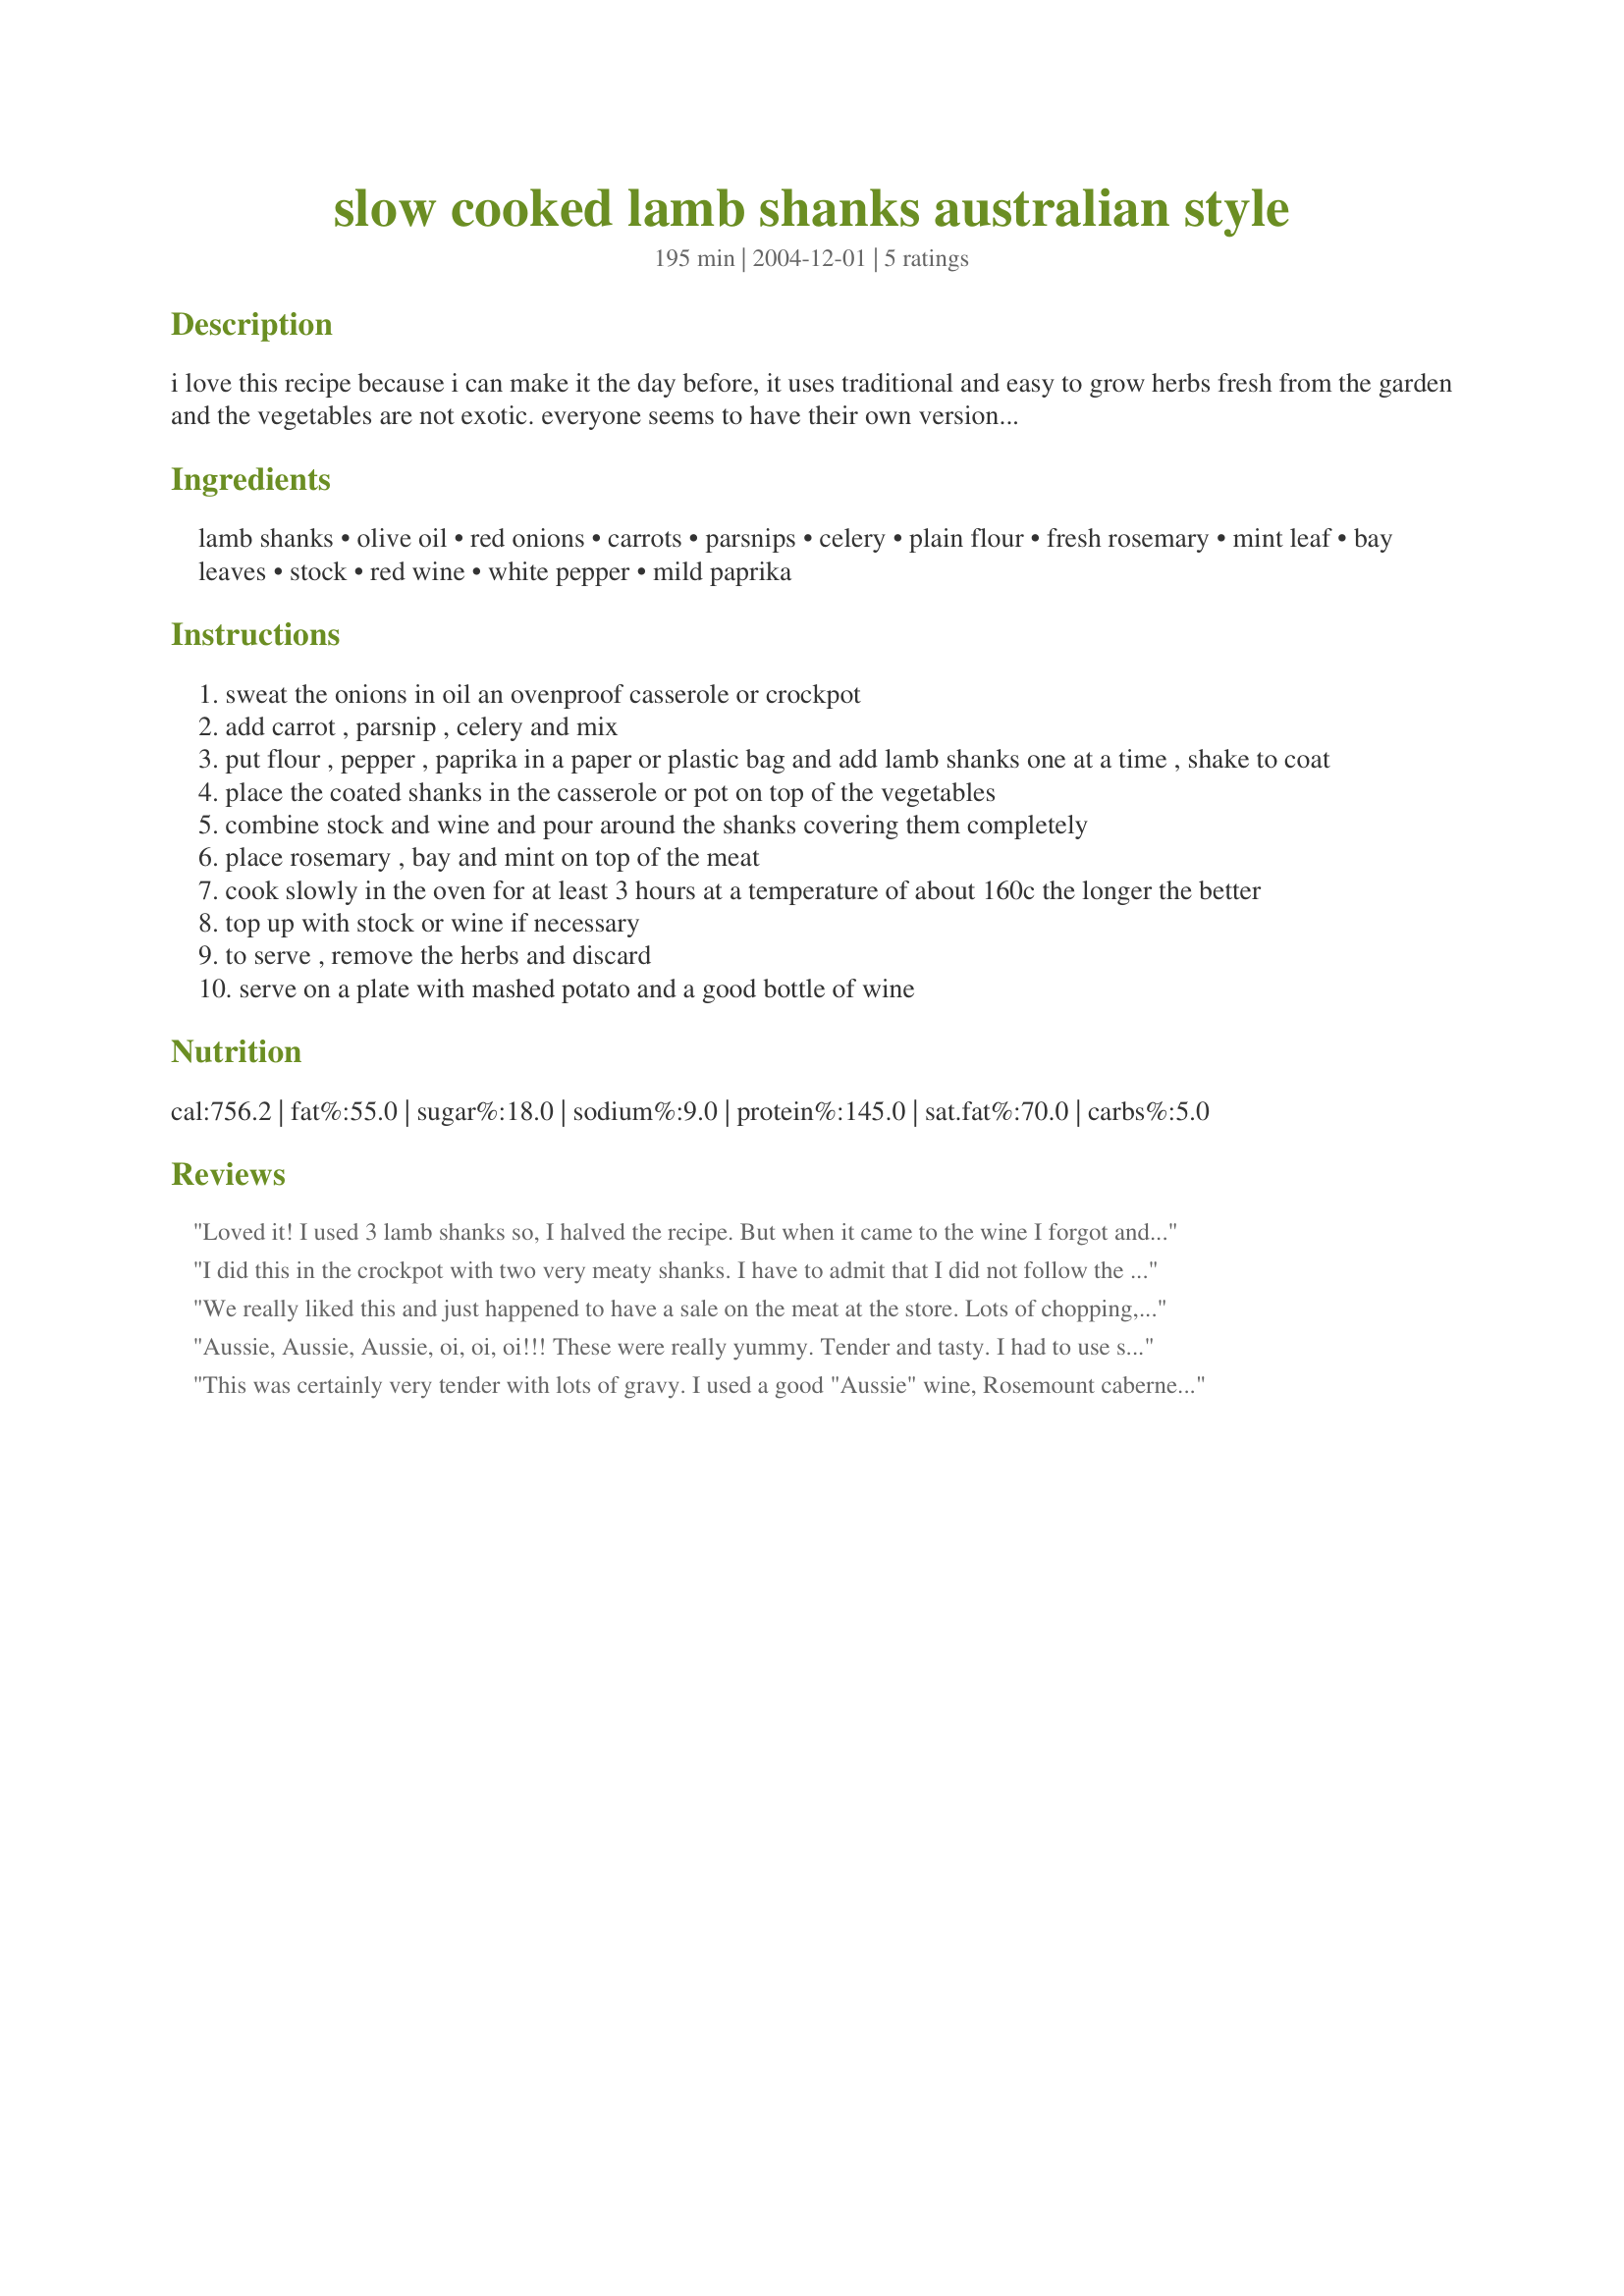
slow cooked lamb shanks australian style
Preparation time: 195 minutes

i love this recipe because i can make it the day before, it uses traditional and easy to grow herbs fresh from the garden and the vegetables are not exotic. everyone seems to have their own version of this dish, but i think mine is special. i make for sunday when we have neighbours round for a bottle ( or two) of wine and a casual lunch, so i can cook it slowly the day before and reheat it on the day. because of slow cooking the vegetables melt and create a wonderful sauce. the meat falls off the bones. keep it topped up with liquid while slow cooking. a real favourite on a winters day.

Ingredients:
lamb shanks, olive oil, red onions, carrots, parsnips, celery, plain flour, fresh rosemary, mint leaf, bay leaves, stock, red wine, white pepper, mild paprika

Steps:
sweat the onions in oil an ovenproof casserole or crockpot
add carrot , parsnip , celery and mix
put flour , pepper , paprika in a paper or plastic bag and add lamb shanks one at a time , shake to coat
place the coated shanks in the casserole or pot on top of the vegetables
combine stock and wine and pour around the shanks covering them completely
place rosemary , bay and mint on top of the meat
cook slowly in the oven for at least 3 hours at a temperature of about 160c the longer the better
top up with stock or wine if necessary
to serve , remove the herbs and discard
serve on a plate with mashed potato and a good bottle of wine

Reviews:
Loved it! I used 3 lamb shanks so, I halved the recipe. But when it came to the wine I forgot and added the full amount..oops! But it turned out great! I didn't have mint so I put mint jelly over the shanks. Also left out paprika and bay leaves, because I couldn't find them either..(I just moved, still unpacking). However, everyone loved it. I will make this many times over.
I did this in the crockpot with two very meaty shanks. I have to admit that I did not follow the recipe exactly, because I had just written down the ingredients and not the directions. I browned the shanks, and placed them on the veggies in the crockpot - did not precook the veggies. I left the mint springs whole, and I have to say, I love the subtle taste of mint this way - not overpowering. I used a combination of high and low heat, so cannot swear to the time, but removed at a point where the meat was sliceable, which is how I prefer it. Really delicious. I also have a lot of liquid left, and I think it will make a fine base for a soup or gravy. The wine adds tremendous depth, I used a shiraz.
We really liked this and just happened to have a sale on the meat at the store. Lots of chopping, but well worth it. I cooked mine in my crockpot for about 6 hours while I was at work. Will try this again, But with a little more seasonings. Thanks for Posting
Aussie, Aussie, Aussie, oi, oi, oi!!! These were really yummy. Tender and tasty. I had to use smaller shanks as I cooked it in the slow cooker on HIGH for about 5 hrs. Used less of the rosemary and added about 3/4 cup of mint jelly. I didn't reduce the fluid though as our family of 6 love to use dumplings or bread to soak up the juice. Nice Aussie flavour!
This was certainly very tender with lots of gravy. I used a good "Aussie" wine, Rosemount cabernet, it did add good taste. I guess I was a little disappointed because I was expecting to stand two shanks up against the mashed potatoes, but this was impossible, all the meat had fallen away from the bones and actually this turned into quite a tasty lamb stew. I cooked it just as instructed for 3 hours, another time I might lower the oven temp and cook maybe less/more time, not sure what it should have been.
